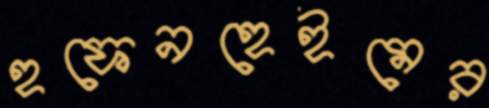
হফেনহেইমের